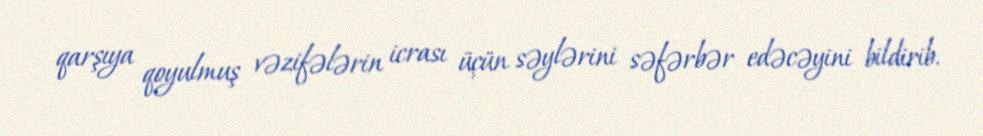
qarşıya qoyulmuş vəzifələrin icrası üçün səylərini səfərbər edəcəyini bildirib.